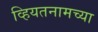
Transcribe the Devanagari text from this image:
व्हियतनामच्या